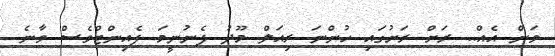
ވަން އެއް.. ރަށް ރަށުގައި ހުންނަ ރިއަލް މޫދު ފެނުނީމަ ފެއިންޓްވެސް ވާނެ